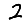
Digit: 2